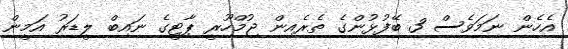
އެހެން ނަމަވެސް 3 ބޭފުޅުންގެ ތެރެއިން ޖުމްހޫރީ ޕާޓީގެ ނައިބް ލީޑަރު އަމީން